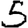
Digit: 5